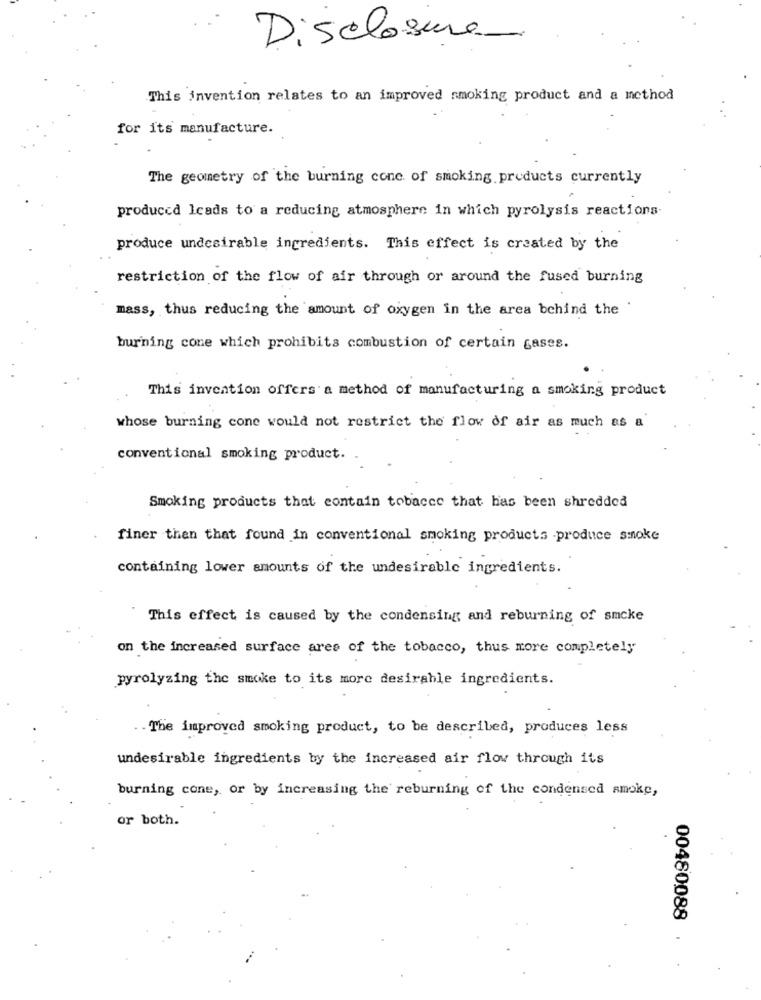
Disclosure
This invention relates to an improved smoking product and a method
for its manufacture.
The geometry of the burning conc. of smoking products currently
produced leads to a reducing atmosphere in which pyrolysis reactions-
produce undesirable ingredients. This effect is created by the
restriction of the flow of air through or around the fused burning
mass, thus reducing the amount of oxygen in the area behind the
burning cone which prohibits combustion of certain gases.
This invention offers a method of manufacturing a smoking product
whose burning cone would not restrict the flow of air as much as a
conventional smoking product.
Smoking products that contain tobacco that has been shredded
finer then that found in conventional smoking products -produce smoke
containing lower amounts of the undesirable ingredients.
This effect is caused by the condensing and reburning of smoke
on the increased surface ares of the tobacco, thus more completely
pyrolyzing the smoke to its more desirable ingredients.
. . The improved smoking product, to be described, produces less
undesirable ingredients by the increased air flow through its
burning cone, or by increasing the reburning of the condensed smoke,
or both.
00480088 .